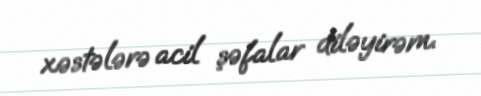
xəstələrə acil şəfalar diləyirəm.